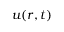
\boldsymbol { u } ( \boldsymbol { r } , t )